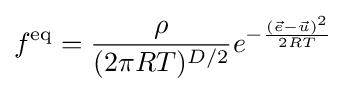
f^{\text{eq}}={\frac {\rho }{(2\pi RT)^{D/2}}}e^{-{\frac {({\vec {e}}-{\vec {u}})^{2}}{2RT}}}